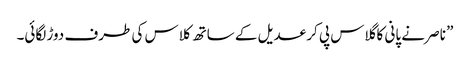
” ناصر نے پانی کا گلاس پی کر عدیل کے ساتھ کلاس کی طرف دوڑ لگائی۔